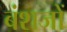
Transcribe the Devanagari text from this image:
बंशजों